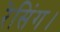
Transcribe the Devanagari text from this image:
रेसिंग।